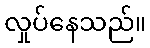
လှုပ်နေသည်။